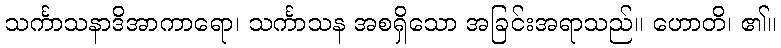
သင်္ကာသနာဒိအာကာရော၊ သင်္ကာသန အစရှိသော အခြင်းအရာသည်။ ဟောတိ၊ ၏။